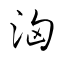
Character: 洶